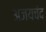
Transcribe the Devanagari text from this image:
अजयचंद